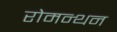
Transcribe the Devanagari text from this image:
रोमन्थन